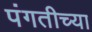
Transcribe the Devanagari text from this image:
पंगतीच्या